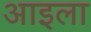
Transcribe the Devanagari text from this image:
आइला